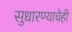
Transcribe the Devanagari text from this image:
सुधारण्याचेही